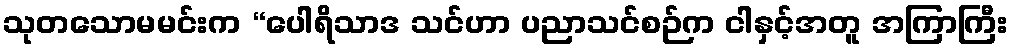
သုတသောမမင်းက “ပေါရိသာဒ သင်ဟာ ပညာသင်စဉ်က ငါနှင့်အတူ အကြာကြီး